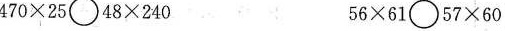
$$4 7 0 \times 2 5 \circ 4 8 \times 2 4 0$$ $$5 6 \times 6 1 \circ 5 7 \times 6 0$$